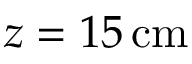
z = 1 5 \, \mathrm { c m }